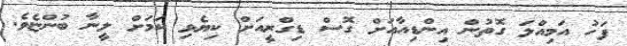
ފަހު އަމިއްލަ ގޮތުން އިންޑިއާއަށް ގޮސް ޑިގްރީއަށް ކިޔެވި ކަމަށް ލީނާ ބުންޏެވެ.